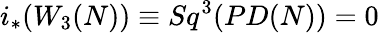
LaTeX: i_{*}(W_{3}(N))\equiv Sq^{3}(PD(N))=0